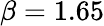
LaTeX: \beta=1.65